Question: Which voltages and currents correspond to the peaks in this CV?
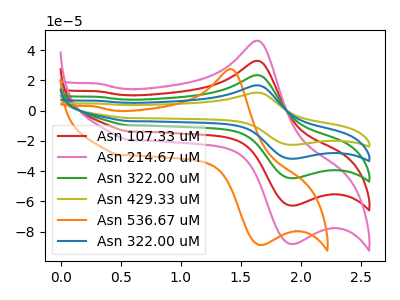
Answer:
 <answer>The red curve "Asn 107.33 uM" has an anodic peak at (1.65V, 32.90uA) and a cathodic peak at (1.95V, -62.80uA). The pink curve "Asn 214.67 uM" has an anodic peak at (1.65V, 46.20uA) and a cathodic peak at (1.95V, -88.20uA). The green curve "Asn 322.00 uM" has an anodic peak at (1.65V, 65.80uA) and a cathodic peak at (1.95V, -125.65uA). The olive curve "Asn 429.33 uM" has an anodic peak at (1.65V, 131.60uA) and a cathodic peak at (1.95V, -251.30uA). The orange curve "Asn 536.67 uM" has an anodic peak at (1.40V, 27.40uA) and a cathodic peak at (1.70V, -88.80uA). The blue curve "Asn 322.00 uM" has an anodic peak at (1.65V, 98.70uA) and a cathodic peak at (1.95V, -188.45uA).</answer>
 <eval></eval>